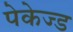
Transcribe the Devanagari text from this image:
पेकेज्ड